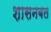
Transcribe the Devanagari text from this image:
शासनबल